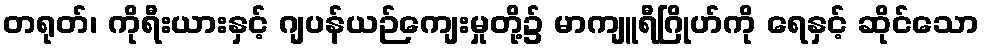
တရုတ်၊ ကိုရီးယားနှင့် ဂျပန်ယဉ်ကျေးမှုတို့၌ မာကျူရီဂြိုဟ်ကို ရေနှင့် ဆိုင်သော